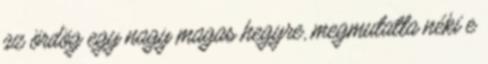
az ördög egy nagy magas hegyre, megmutatta néki e